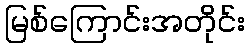
မြစ်ကြောင်းအတိုင်း